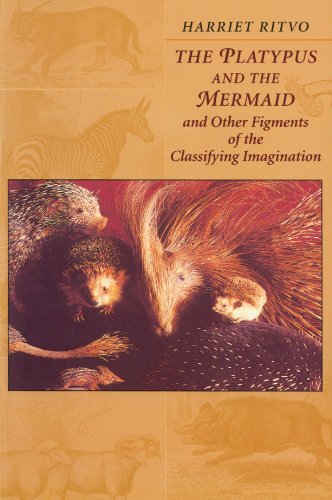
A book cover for The Platypus and the Mermaid: And Other Figments of the Classifying Imagination; Harriet Ritvo; Science & Math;